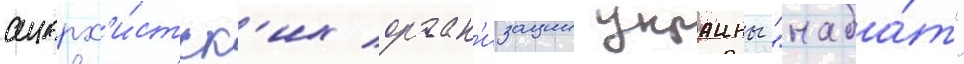
анарх'и́стск'их орган'изации украины "наба́т"